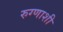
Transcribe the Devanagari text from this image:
रुग्णाशी